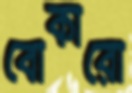
বোকারো